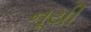
નૂયી